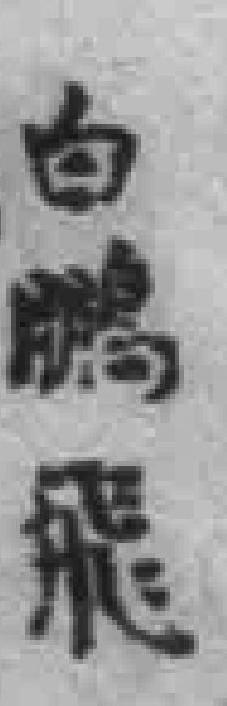
白鹏飛